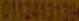
0112413139